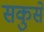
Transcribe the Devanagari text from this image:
सकुसें